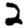
Digit: 2